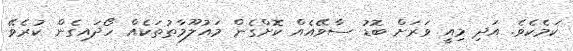
ކަމެކެވެ. އަދި މިއީ ވަރަށް ބޮޑު ސާވޭއެއް ކޮށްގެން މައުލޫމާތުތަކެއް ހޯދައިގެން ކުރެވޭ